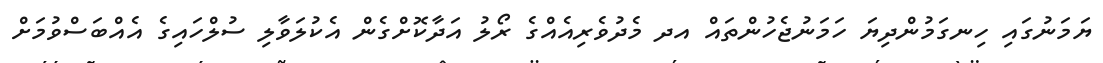
ޔަމަނުގައި ހިނގަމުންދިޔަ ހަމަނުޖެހުންތައް އދ މެދުވެރިއެއްގެ ރޯލު އަދާކޮށްގެން އެކުލަވާލި ސުލްހައިގެ އެއްބަސްވުމަށް